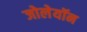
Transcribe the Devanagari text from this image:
जोलेयॉन